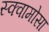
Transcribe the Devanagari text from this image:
स्क्वामोसा